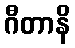
ဂီတာနိ